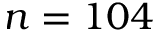
n = 1 0 4